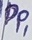
Text: DP1